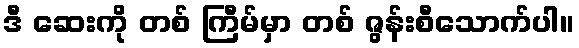
ဒီ ဆေးကို တစ် ကြီမ်မှာ တစ် ဇွန်းစီသောက်ပါ။